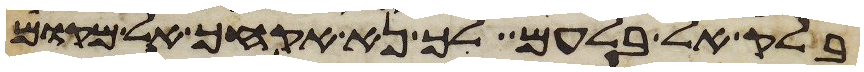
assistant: בלק אל בלעם לך נא אקחך אל מקום